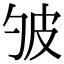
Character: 𤿈